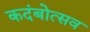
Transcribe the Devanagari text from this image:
कदंबोत्सव